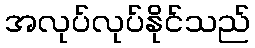
အလုပ်လုပ်နိုင်သည်